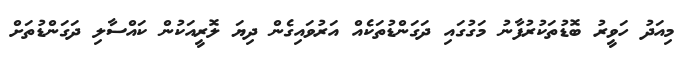
މިއަދު ހަވީރު ބޮޑުތަކުރުފާނު މަގުގައި ދަގަންޑުތަކެއް އަރުވައިގެން ދިޔަ ލޮރީއަކުން ކައްސާލި ދަގަންޑުތަށް